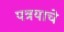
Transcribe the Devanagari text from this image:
पत्रयाचे